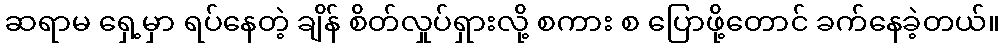
ဆရာမ ရှေ့မှာ ရပ်နေတဲ့ ချိန် စိတ်လှုပ်ရှားလို့ စကား စ ပြောဖို့တောင် ခက်နေခဲ့တယ်။